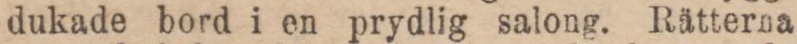
dukade bord i en prydlig salong. Rätterna